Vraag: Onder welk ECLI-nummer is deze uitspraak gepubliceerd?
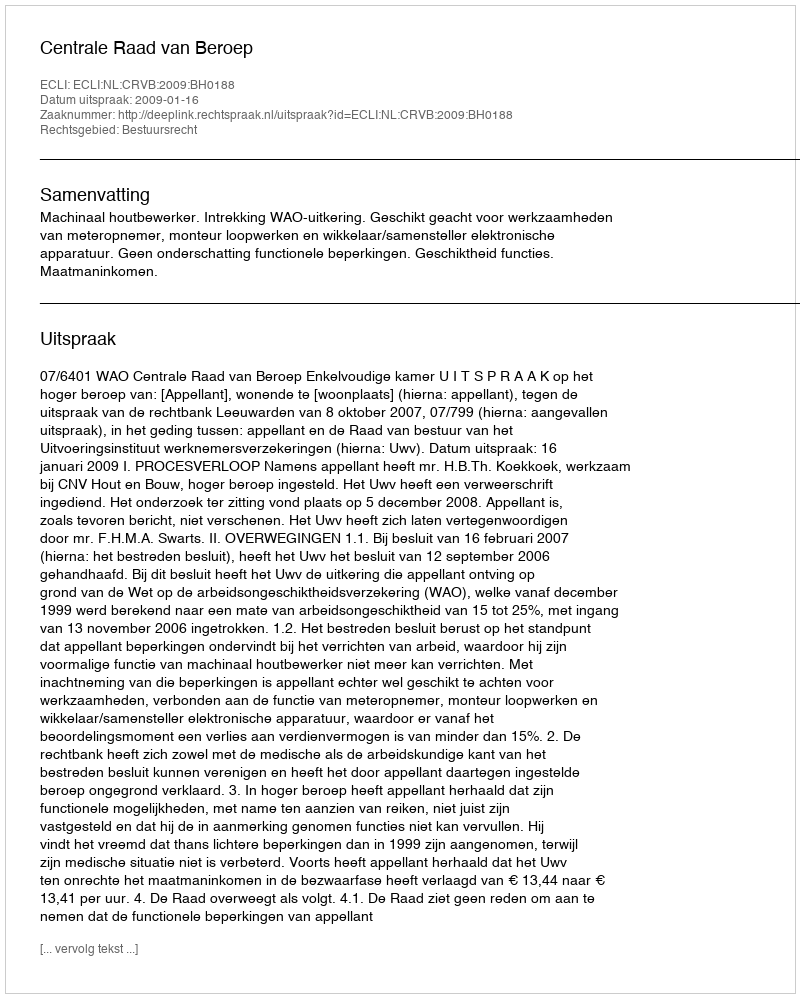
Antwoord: ECLI:NL:CRVB:2009:BH0188